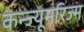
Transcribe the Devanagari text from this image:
कन्ज्यूमरिज्म